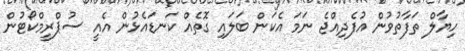
ހިޔާލް ތަފާތުވުން އުފެދިއްޖެ ނަމަ އެކަން ބަލައި ގޮތެއް ކަނޑައެޅުން އެއީ ސުޕްރީމްކޯޓުން